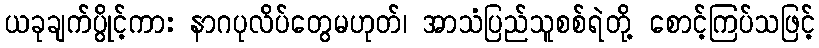
ယခုချက်ပွိုင့်ကား နာဂပုလိပ်တွေမဟုတ်၊ အာသံပြည်သူစစ်ရဲတို့ စောင့်ကြပ်သဖြင့်